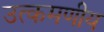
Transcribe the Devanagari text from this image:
उत्कमणीय